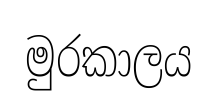
මුරකාලය